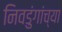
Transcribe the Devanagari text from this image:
निवडुंगांच्या